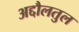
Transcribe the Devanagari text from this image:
अद्दौलतुल